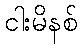
ငါးမိနစ်